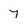
Character: 7